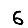
Digit: 6